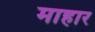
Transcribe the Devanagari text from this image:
माहार